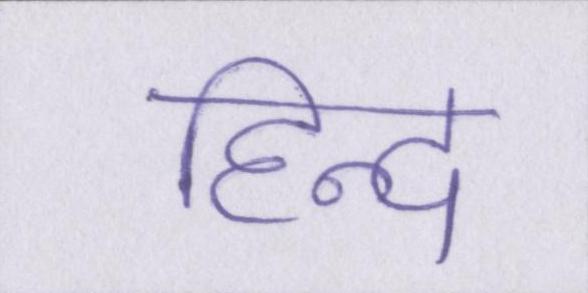
हिन्द